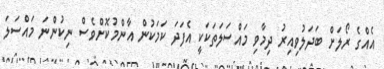
އެއްގެ ރޯލަށް ބަދަލުވިއިރު ދިމާވި މައްސަލަތަކަކީ އެފަދަ ކަމަކުން އާންމުކޮށްވެސް ނިކުންނަ މައްސަލަ